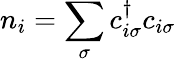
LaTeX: n_{i}=\sum_{\sigma}c_{i\sigma}^{\dagger}c_{i\sigma}